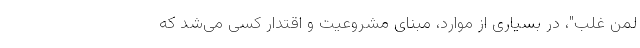
لمن غلب"، در بسیاری از موارد، مبنای مشروعیت و اقتدار کسی می‌شد که